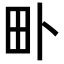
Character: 𤰘